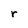
Character: r